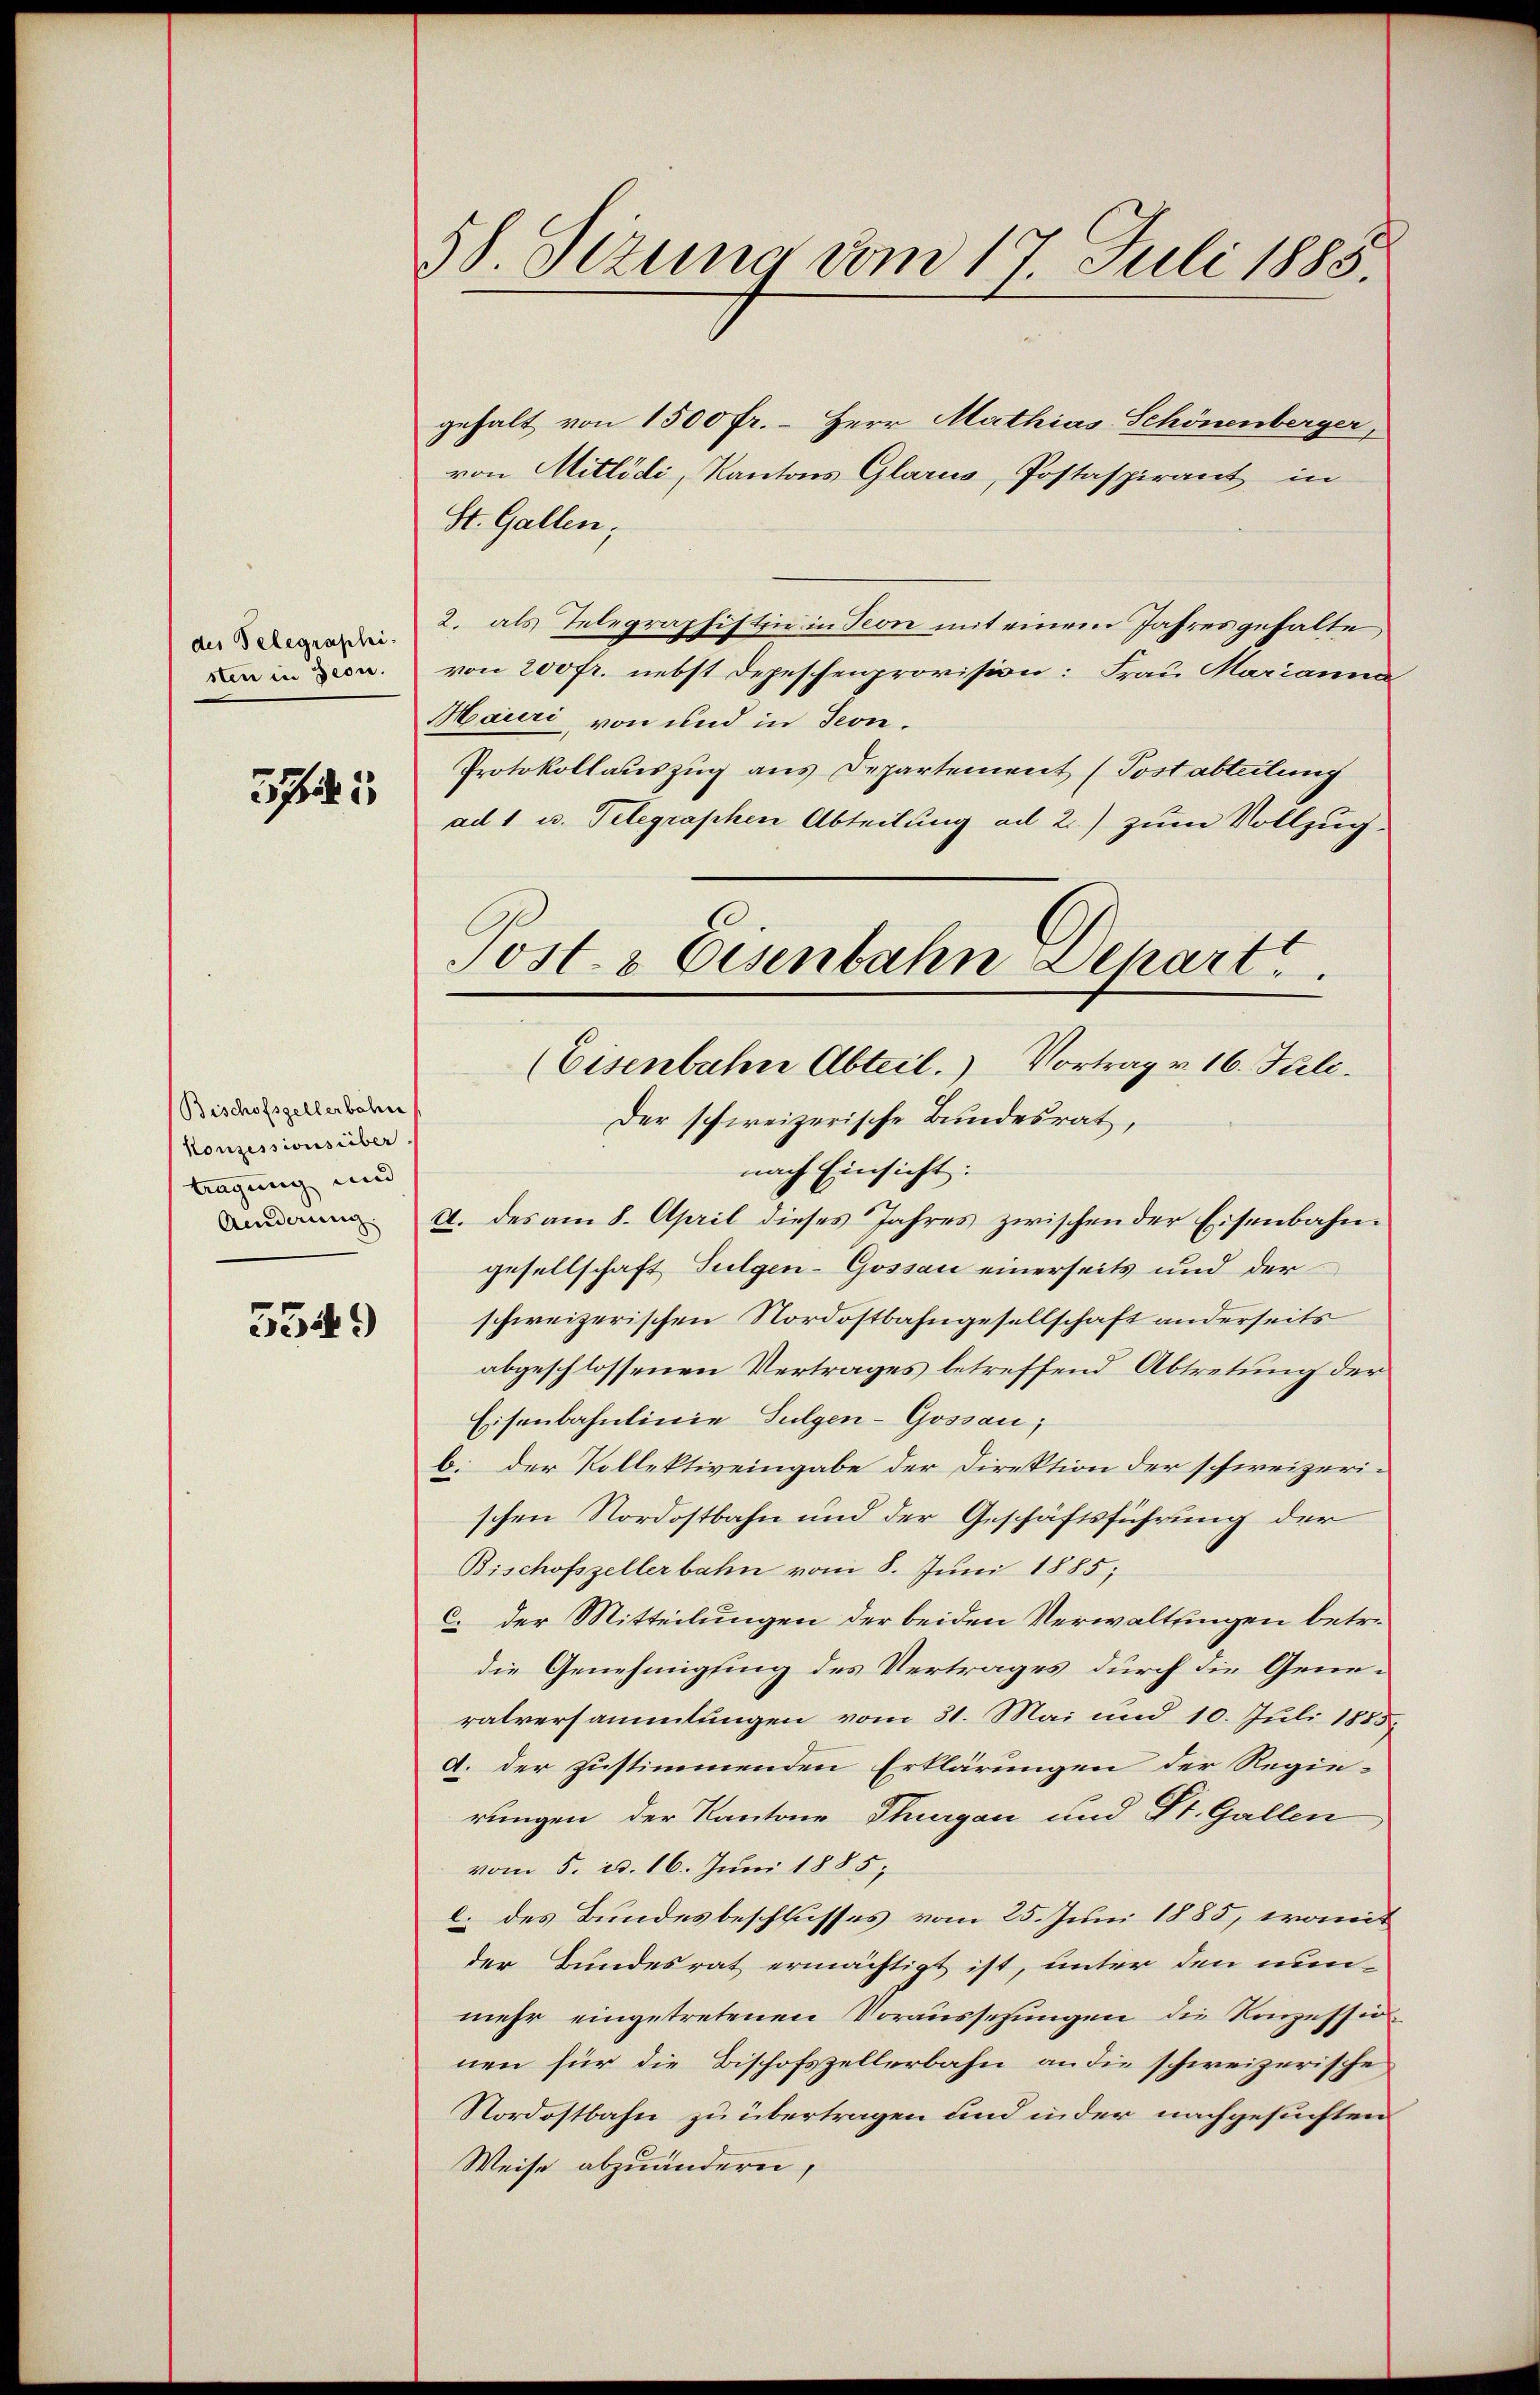
des Telegraphi-
sten in Seon.

3741

Bischofszellerbahn
Konzessionsüber
tragung und

5549

58. Sezung vom 17. Juli 1885.

gehalt von 1500 fr. – Herr Mathias Schönenberger,
von Mitlödi, Kantons Glarus, Postaspirant in
St. Gallen;
2. als Telegraphistin in Teon mit einem Jahres gehalte
von 200 fr. nebst Depeschenprovision: Frau Marianna
Mauri von und in Seon.
Protokollauszug aus Departement (Postabteilung
ad 1 u. Telegraphen Abteilung ad 2.) zum Vollzug.
(Eisenbahne Abteil. Vortrag v. 16. Juli.
Der schweizerische Bundesrat,
nach Einsicht:
 A. des am 8. April dieses Jahres zwischen der Eisenbahngesellschaft Sulgen-Gossau einerseits und der
schweizerischen Nordostbahngesellschaft anderseits
abgeschlossenen Vertrages betreffend Abtretung der
Eisenbahnlinie Sulgen-Gossau;
b. der Kollektiveingabe der Direktion der schweizeri-
schen Nordostbahn und der Geschäftsführung der
Bischofszellerbahn vom 8. Juni 1885;
c. der Mitteilungen der beiden Verwaltungen betre
die Genehmigung des Vertrages durch die Generatversammlungen vom 31. Mai und 10. Juli 1885.
d. der zustimmenden Erklärungen der Regie-
rungen der Kantone Thurgau und St. Gallen,
vom 5. d. 16. Juni 1885,
c. des Bundesbeschlusses vom 25. Juni 1885, womit
der Bundesrat ermächtigt ist, unter den nun-
mehr eingetretenen Voraussetzungen die Konzessio
nen für die Bischofszellerbahn an die schweizerische
Nordostbahn zu übertragen und inder nachgesuchten
Weise abzuändern,

Post- & Eisenbahn Depart.